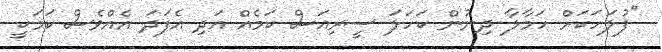
"ފުލަހަކަށް ހަމާލާ ދިނުން ކަހަލަ ސީރިއަސް ކަމެއް އަދި އެފަދަ އެއްވެސް ކަމަކީ